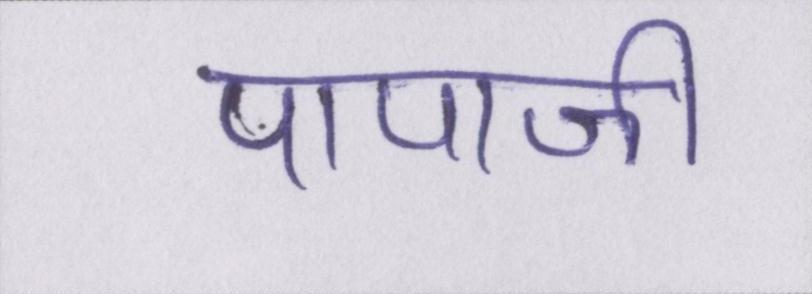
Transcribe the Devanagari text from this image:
पापाजी